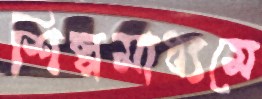
শিল্পমাধ্যমে